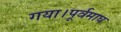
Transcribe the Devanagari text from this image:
गया।पूर्वमाघ